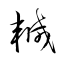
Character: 轗